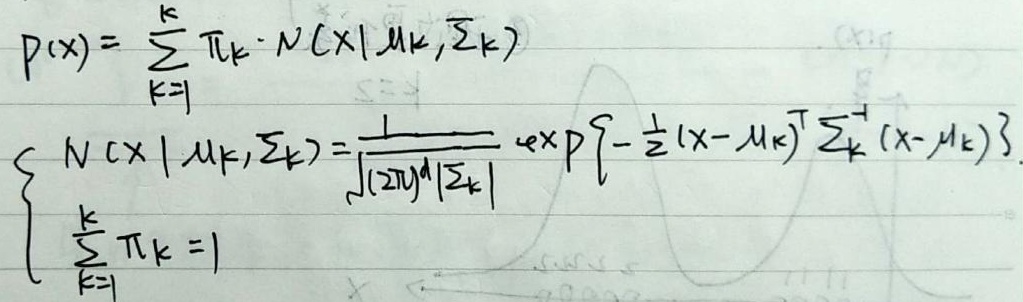
\[
\begin{align*}
p(x)&=\sum_{k = 1}^{K} \pi_k \cdot N(x|\mu_k,\Sigma_k)\\
\left\{\begin{array}{l}
N(x|\mu_k,\Sigma_k)=\frac{1}{\sqrt{(2\pi)^d|\Sigma_k|}} \exp\left\{-\frac{1}{2}(x - \mu_k)^T\Sigma_k^{-1}(x - \mu_k)\right\}\\
\sum_{k = 1}^{K} \pi_k = 1
\end{array}\right.
\end{align*}
\]